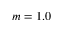
m = 1 . 0